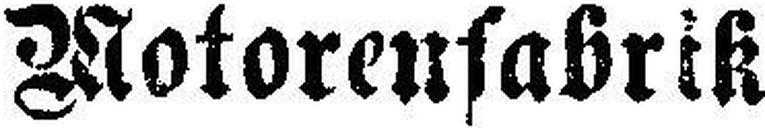
Motorenfabrik